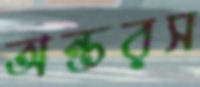
অন্তরস